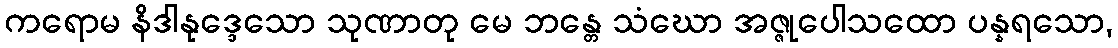
ကရောမ နိဒါနုဒ္ဒေသော သုဏာတု မေ ဘန္တေ သံဃော အဇ္ဇုပေါသထော ပန္နရသော,